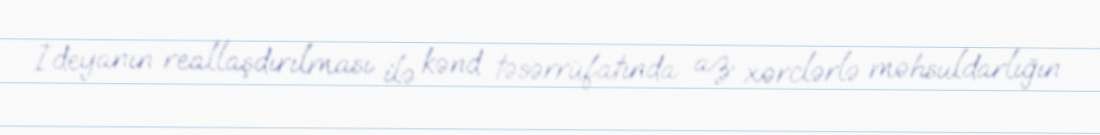
İdeyanın reallaşdırılması ilə kənd təsərrüfatında az xərclərlə məhsuldarlığın